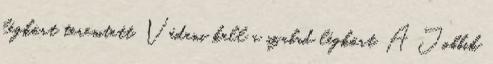
légkört teremtett. Védeni kell a szabad légkört. A Jobbik